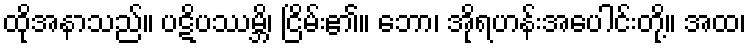
ထိုအနာသည်။ ပဋိပဿမ္ဘိ၊ ငြိမ်း၏။ ဘော၊ အိုရဟန်းအပေါင်းတို့။ အထ၊